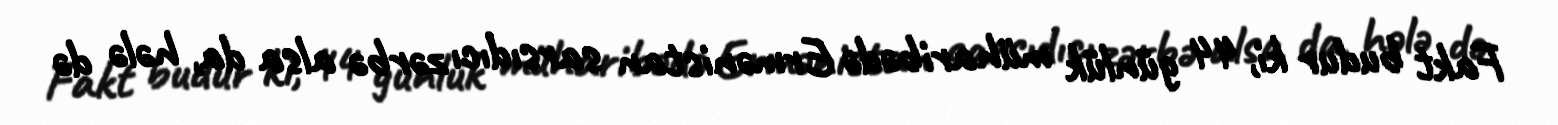
Fakt budur ki, 44 günlük müharibədə Ermənistan sarsıdıcı zərbə alsa da, hələ də